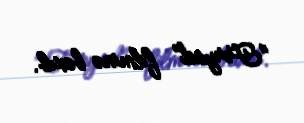
"Fəryad" filminə baxıb.